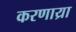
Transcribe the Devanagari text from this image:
करणाय्रा